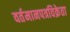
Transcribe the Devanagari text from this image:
वर्तमानपत्रविक्रेता